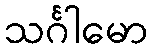
သင်္ဂါမော